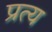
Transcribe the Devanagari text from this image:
प्रत्य